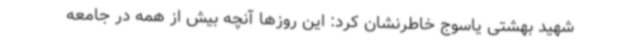
شهید بهشتی یاسوج خاطرنشان کرد: این روزها آنچه بیش از همه در جامعه